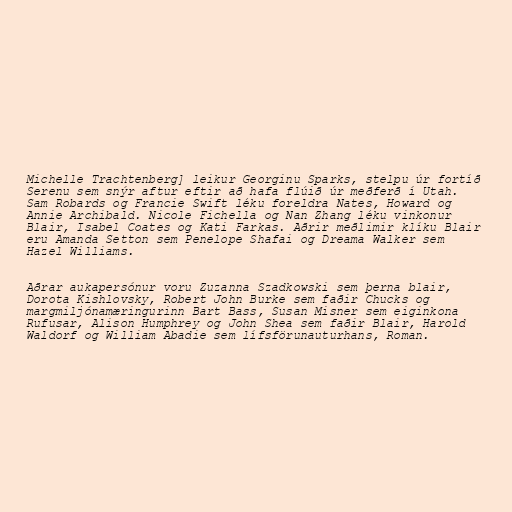
Michelle Trachtenberg] leikur Georginu Sparks, stelpu úr fortíð
Serenu sem snýr aftur eftir að hafa flúið úr meðferð í Utah.
Sam Robards og Francie Swift léku foreldra Nates, Howard og
Annie Archibald. Nicole Fichella og Nan Zhang léku vinkonur
Blair, Isabel Coates og Kati Farkas. Aðrir meðlimir klíku Blair
eru Amanda Setton sem Penelope Shafai og Dreama Walker sem
Hazel Williams.

Aðrar aukapersónur voru Zuzanna Szadkowski sem þerna blair,
Dorota Kishlovsky, Robert John Burke sem faðir Chucks og
margmiljónamæringurinn Bart Bass, Susan Misner sem eiginkona
Rufusar, Alison Humphrey og John Shea sem faðir Blair, Harold
Waldorf og William Abadie sem lífsförunauturhans, Roman.